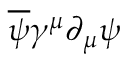
{ \overline { { \psi } } } \gamma ^ { \mu } \partial _ { \mu } \psi